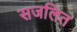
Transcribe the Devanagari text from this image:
सजलित